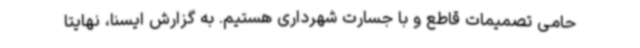
حامی تصمیمات قاطع و با جسارت شهرداری هستیم. به گزارش ایسنا، نهایتا